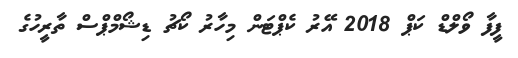
ފީފާ ވޯލްޑް ކަޕް 2018 އޭރު ކެޕްޓަން މިހާރު ކޯޗު ޑިޝޯމްޕްސް ތާރީހުގެ